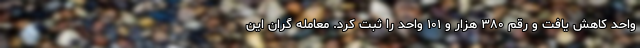
واحد کاهش یافت و رقم ۳۸۰ هزار و ۱۰۱ واحد را ثبت کرد. معامله گران این